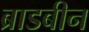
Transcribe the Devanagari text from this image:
ब्राडबीन